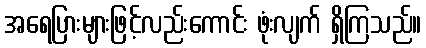
အရေပြားများဖြင့်လည်းကောင်း ဖုံးလျက် ရှိကြသည်။